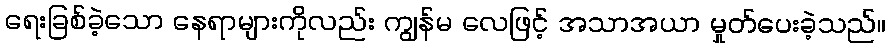
ရေးခြစ်ခဲ့သော နေရာများကိုလည်း ကျွန်မ လေဖြင့် အသာအယာ မှုတ်ပေးခဲ့သည်။